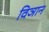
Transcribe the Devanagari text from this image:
विञान